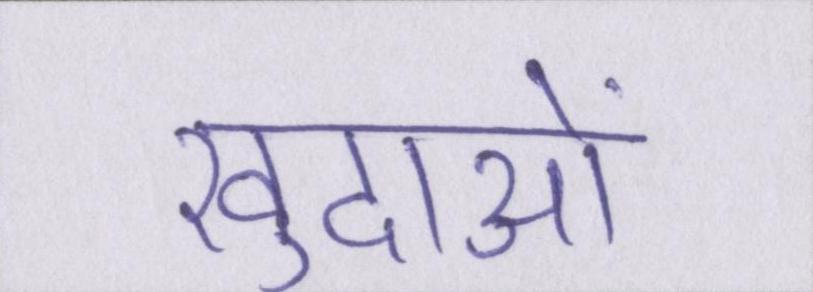
खुदाओं